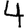
Digit: 4